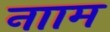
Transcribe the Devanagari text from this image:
नााम